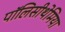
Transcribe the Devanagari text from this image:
पॉलिसीथेमिया